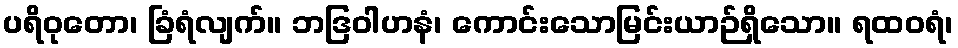
ပရိဝုတော၊ ခြံရံလျက်။ ဘဒြဝါဟနံ၊ ကောင်းသောမြင်းယာဉ်ရှိသော။ ရထဝရံ၊